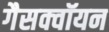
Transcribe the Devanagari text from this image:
गैसक्वॉयन